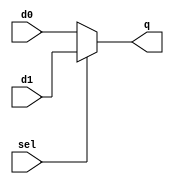
module Mux2x1_8bit(sel,d0,d1,q);

input  [7:0]d0,d1;
input sel;
output  [7:0]q;

wire sel;
wire  [7:0]d0,d1;

assign q = (sel==1'b1)? d1:d0;
endmodule